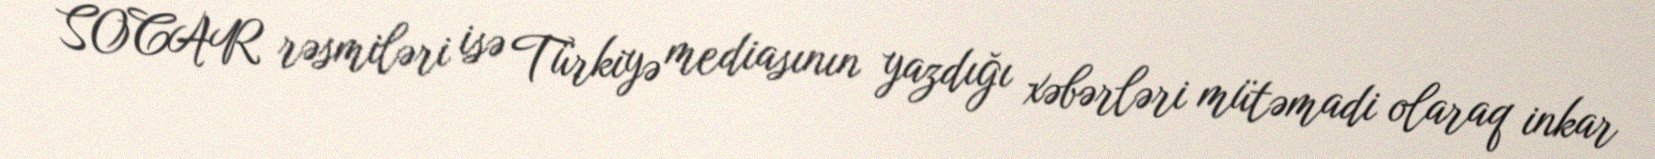
SOCAR rəsmiləri isə Türkiyə mediasının yazdığı xəbərləri mütəmadi olaraq inkar